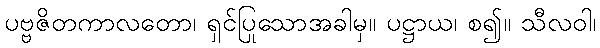
ပဗ္ဗဇိတကာလတော၊ ရှင်ပြုသောအခါမှ။ ပဋ္ဌာယ၊ စ၍။ သီလဝါ၊